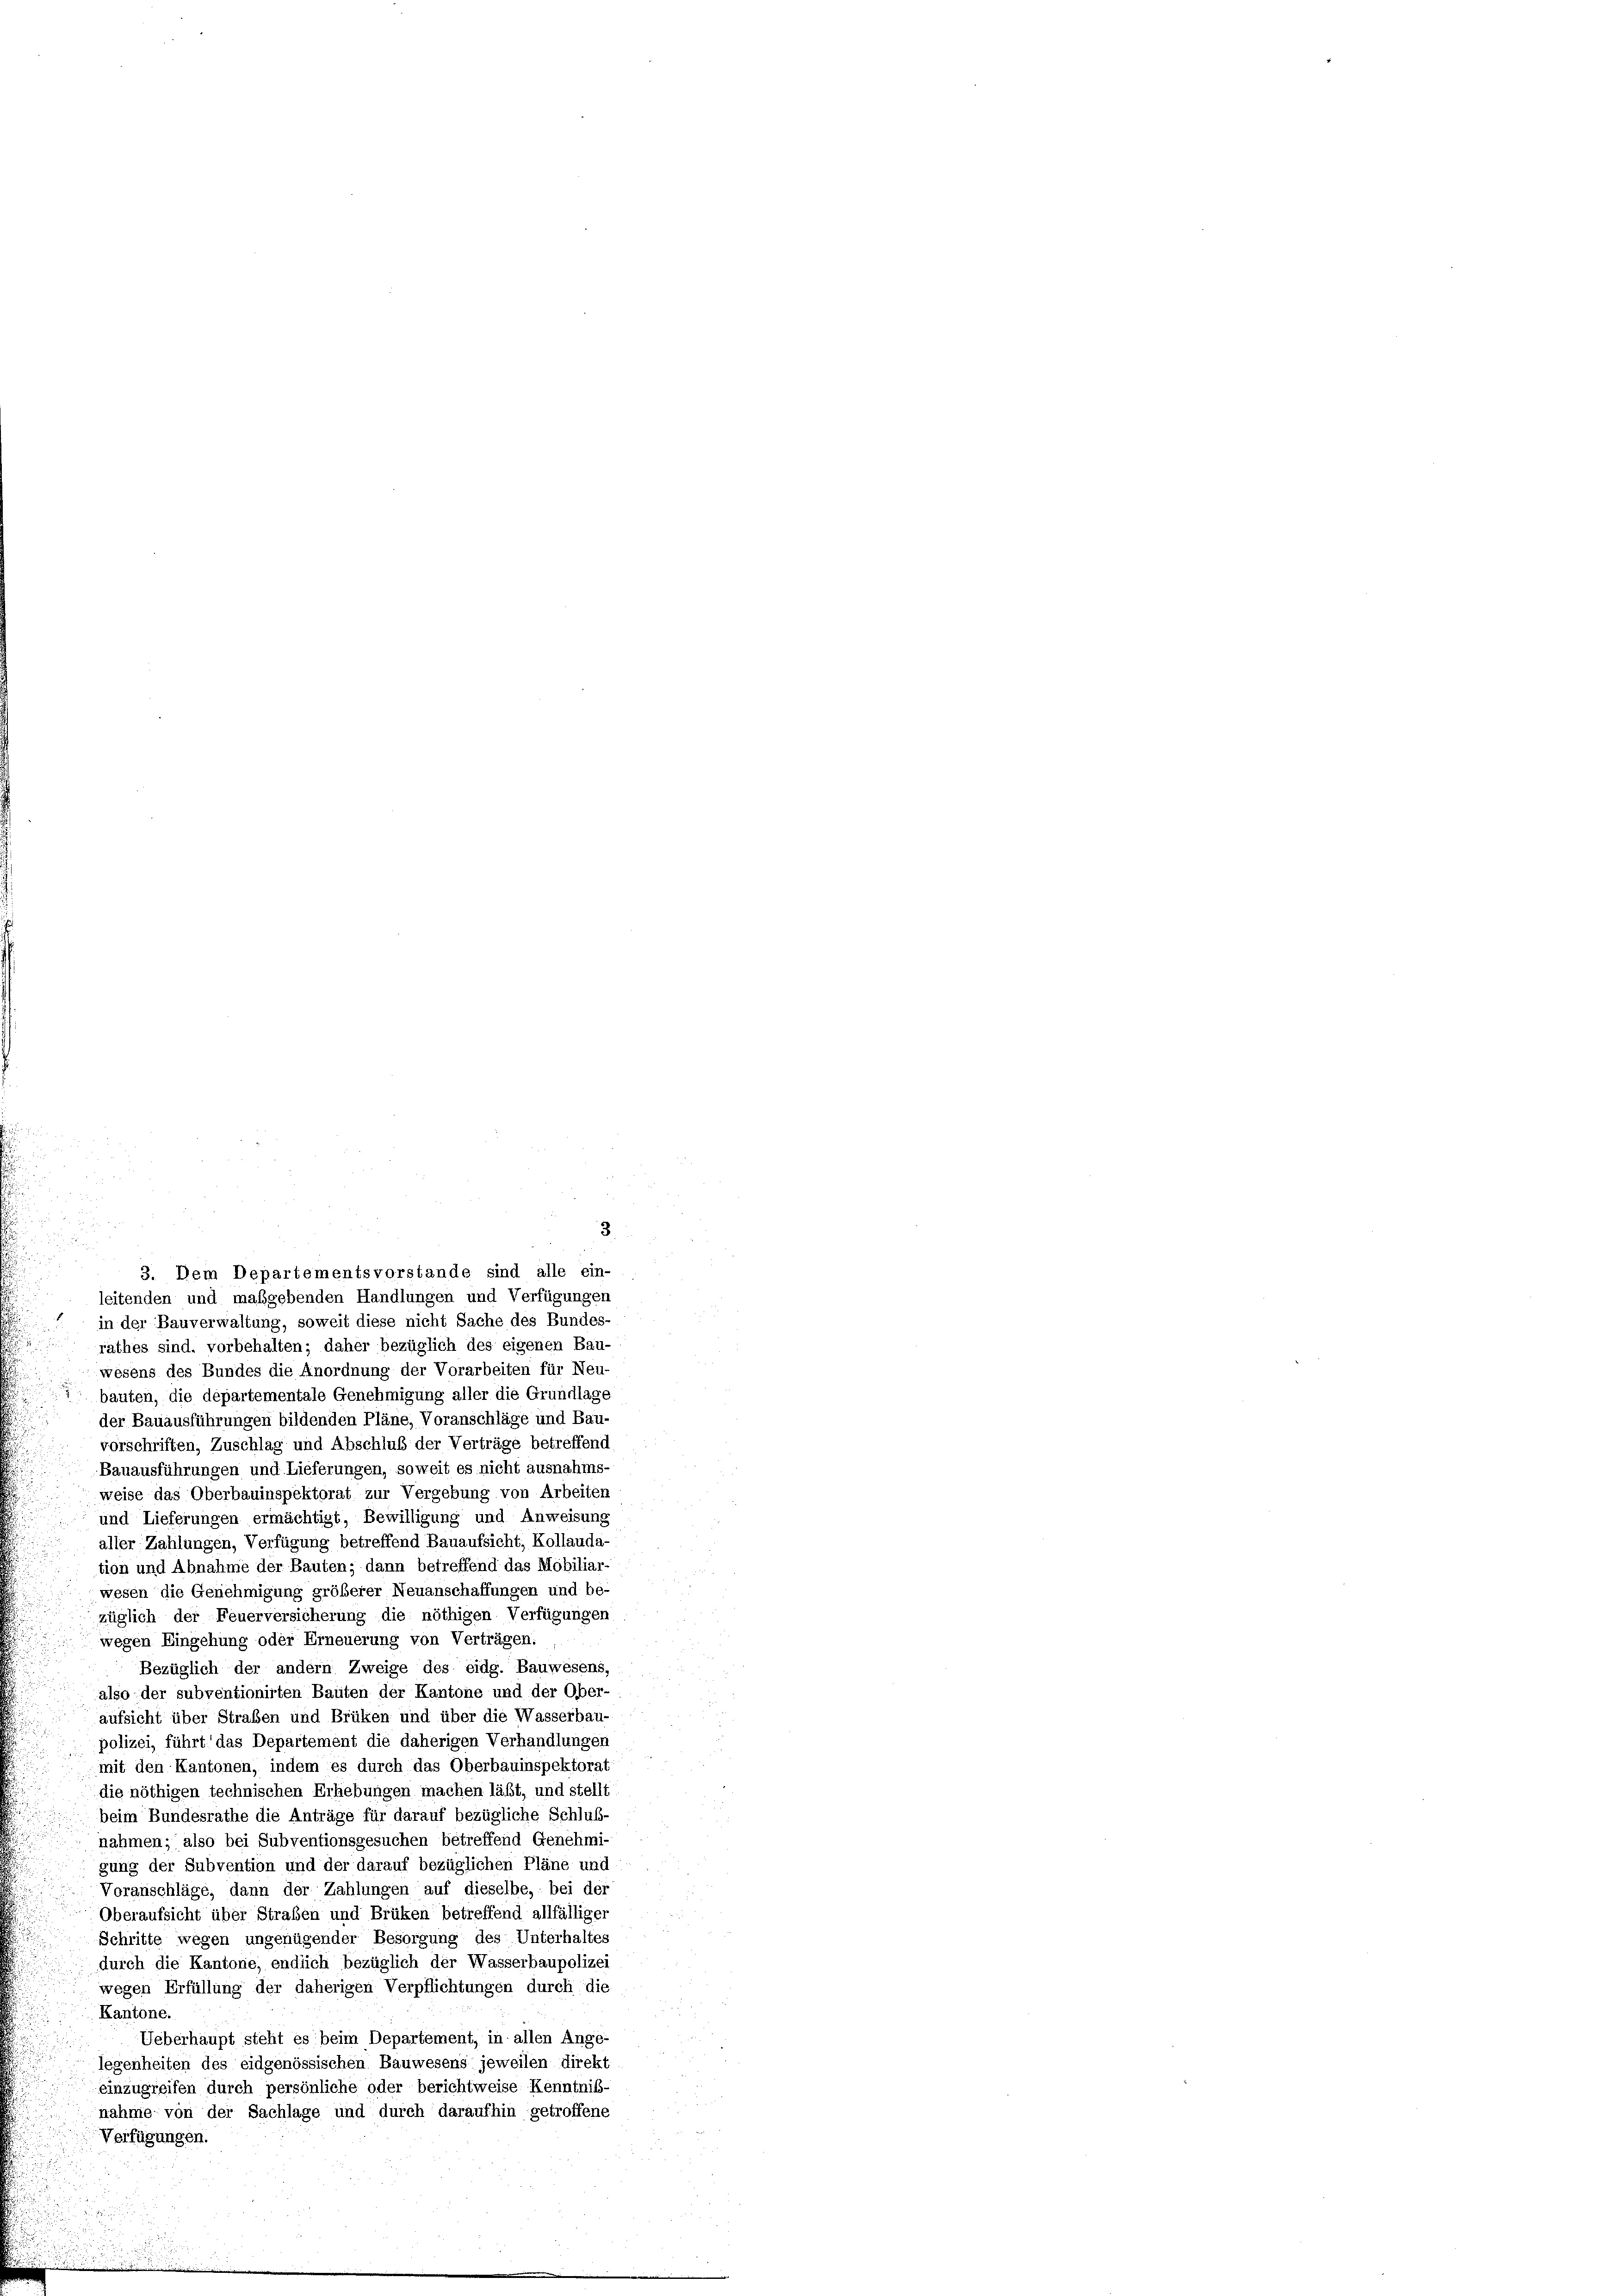
3
leitenden und maßgebenden Handlungen und Verfügungen
in der Bauverwaltung, soweit diese nicht Sache des Bundes-
rathes sind, vorbehalten; daher bezüglich des eigenen Bau-
wesens des Bundes die Anordnung der Vorarbeiten für Neu-
bauten, die departementale Genehmigung aller die Grundlage
der Bauausführungen bildenden Pläne, Voranschläge und Bau-
vorschriften, Zuschlag und Abschluß der Verträge betreffend :
Bauausführungen und Lieferungen, soweit es nicht ausnahms-
weise das Oberbauinspektorat zur Vergebung von Arbeiten
und Lieferungen ermächtigt, Bewilligung und Anweisung
aller Zahlungen, Verfügung betreffend Bauaufsicht, Kollauda-
tion und Abnahme der Bauten; dann betreffend das Mobiliar-
wesen die Genehmigung größerer Neuanschaffungen und be-
züglich der Feuerversicherung die nöthigen Verfügungen
wegen Eingehung oder Erneuerung von Verträgen.
Bezüglich der andern Zweige des eidg. Bauwesens,
also der subventionirten Bauten der Kantone und der Ober-
aufsicht über Straßen und Brüken und über die Wasserbau-
polizei, führt das Departement die daherigen Verhandlungen
mit den Kantonen, indem es durch das Oberbauinspektorat
die nöthigen technischen Erhebungen machen läßt, und stellt
beim Bundesrathe die Anträge für darauf bezügliche Schluß-
nahmen; also bei Subventionsgesuchen betreffend Genehmi-
gung der Subvention und der darauf bezüglichen Pläne und
Voranschläge, dann der Zahlungen auf dieselbe, bei der
Oberaufsicht über Straßen und Brüken betreffend allfälliger
Schritte wegen ungenügender Besorgung des Unterhalter
durch die Kantone, endlich bezüglich der Wasserbaupolizei
wegen Erfüllung der daherigen Verpflichtungen durch die
Kantone.
Ueberhaupt steht es beim Departement, in allen Ange-
legenheiten des eidgenössischen Bauwesens jeweilen direkt
einzugreifen durch persönliche oder berichtweise Kenntniß-
nahme von der Sachlage und durch daraufhin getroffene
Verfügungen.

3. Dem Departementsvorstande sind alle ein-